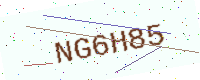
Text: NG6H85